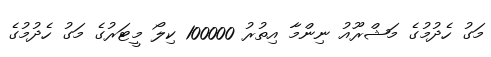
މަގު ހެދުމުގެ މަޝްރޫއު ނިންމާ އިތުރު 100000 ކިލޯ މީޓަރުގެ މަގު ހެދުމުގެ